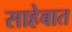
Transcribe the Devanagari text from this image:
साहेबात